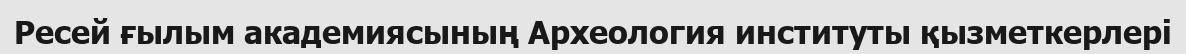
Ресей ғылым академиясының Археология институты қызметкерлері